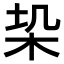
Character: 𭩥